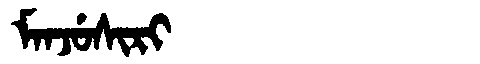
Manchu: ᠮᠠᠨᠵᡠᠰᡳᡵᡳ
Romanization: MANJUSIRI